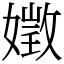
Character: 嬍